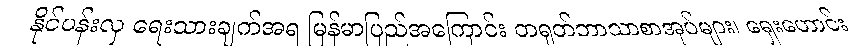
နိုင်ပန်းလှ ရေးသားချက်အရ မြန်မာပြည်အကြောင်း တရုတ်ဘာသာစာအုပ်များ၊ ရှေးဟောင်း